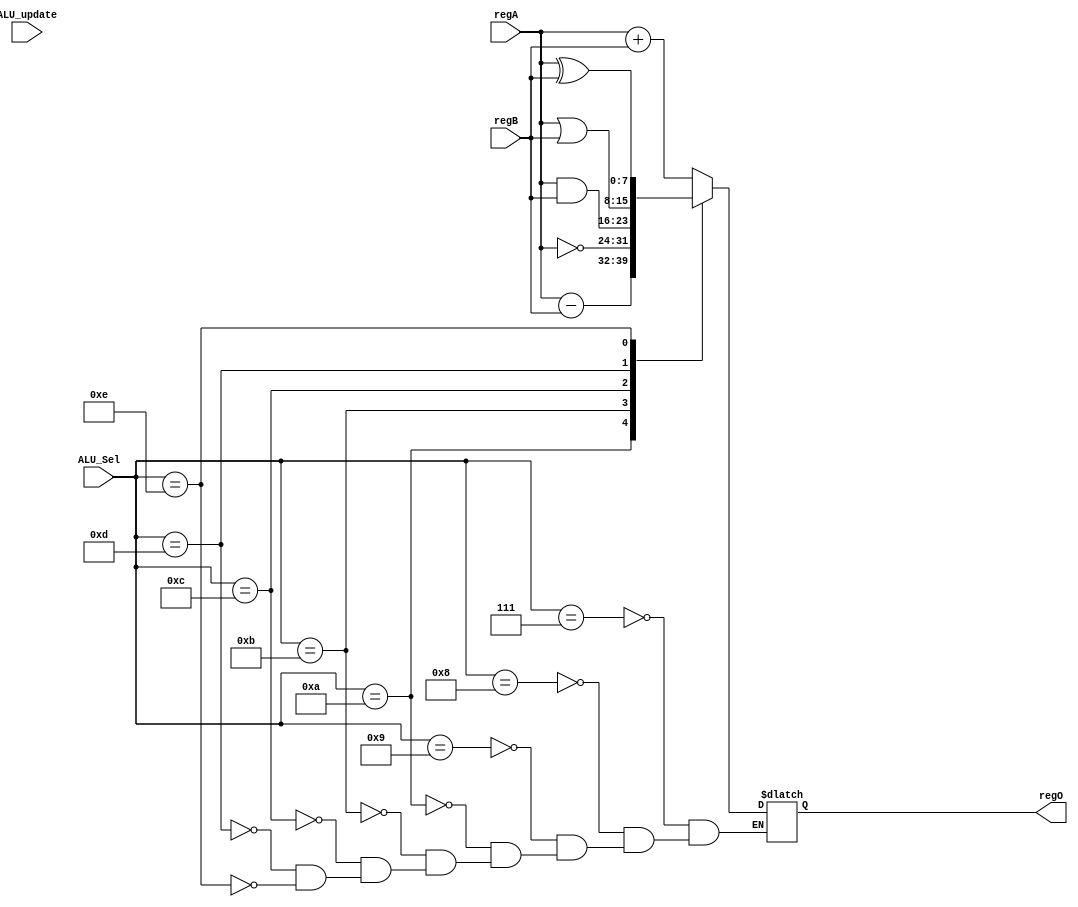
module ALU(
    input wire [7:0] regA, // 4-bit input operand A
    input wire [7:0] regB, // 4-bit input operand B
    input [3:0] ALU_Sel, // Operation selector
    input ALU_update,
    output reg [7:0] regO=8'b0 // 4-bit result
);


// Define operations
localparam ACC_NZ_A     = 4'b0111;
localparam ACC_NZ_SH    = 4'b1000;
localparam ADD          = 4'b1001;
localparam SUB          = 4'b1010;
localparam INV          = 4'b1011;
localparam AND          = 4'b1100;
localparam OR           = 4'b1101;
localparam XOR          = 4'b1110;


// ALU operation
always @(ALU_update) begin
    case(ALU_Sel)
        ACC_NZ_A: regO = regA + regB;
        ACC_NZ_SH: regO = regA + regB;
        ADD: regO = regA + regB;
        SUB: regO = regA - regB;
        INV: regO = ~regA;
        AND: regO = regA & regB;
        OR:  regO = regA | regB;
        XOR: regO = regA ^ regB;
    endcase
end


endmodule